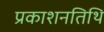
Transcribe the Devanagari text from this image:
प्रकाशनतिथि